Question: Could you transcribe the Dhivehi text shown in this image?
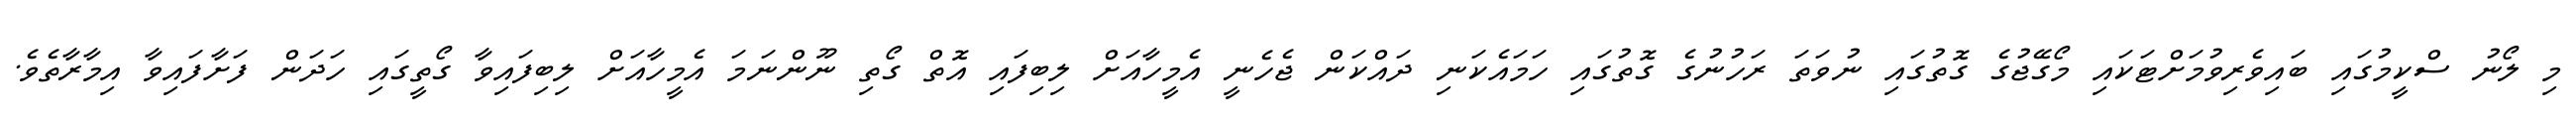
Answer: މި ލޯނު ސްކީމުގައި ބައިވެރިވުމަށްޓަކައި މޯގޭޖުގެ ގޮތުގައި ނުވަތަ ރަހުނުގެ ގޮތުގައި ހަމައެކަނި ދައްކަން ޖެހެނީ އެމީހާއަށް ލިބިފައި އޮތް ގޯތި ނޫންނަމަ އެމީހާއަށް ލިބިފައިވާ ގޯތީގައި ހަދަން ފަށާފައިވާ އިމާރާތެވެ.